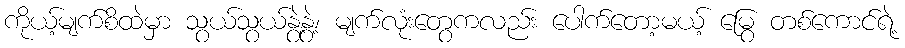
ကိုယ့်မျက်စိထဲမှာ သွယ်သွယ်နွဲ့နွဲ့၊ မျက်လုံးတွေကလည်း ပေါက်တော့မယ့် မြွေ တစ်ကောင်ရဲ့